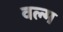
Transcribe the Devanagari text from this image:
वल्म